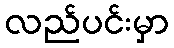
လည်ပင်းမှာ